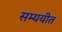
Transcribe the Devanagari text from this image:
सम्ययीत